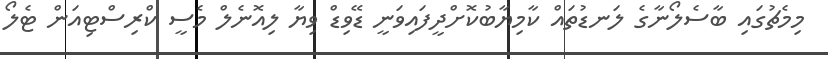
މިމެޗުގައި ބާސެލޯނާގެ ލަނޑުތައް ކާމިޔާބުކޮށްދީފައިވަނީ ޑޭވިޑް ވިޔާ ލިއޮނެލް މެސީ ކްރިސްޓިއަން ޓެލޯ